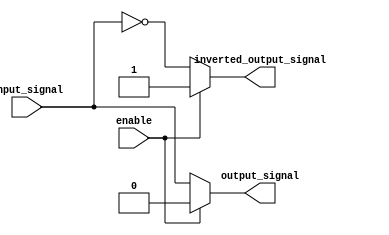
module Tri_state_buffer (
    input wire enable,
    input wire input_signal,
    output reg output_signal,
    output reg inverted_output_signal
    );

reg buffer_state;

always @ (enable, input_signal)
begin
    if(enable)
    begin
        buffer_state <= 3'b000; // High impedance state
        output_signal <= 1'b0;
        inverted_output_signal <= 1'b1;
    end
    else
    begin
        buffer_state <= 3'b101; // Outputting the input signal
        output_signal <= input_signal;
        inverted_output_signal <= ~input_signal;
    end
end

endmodule